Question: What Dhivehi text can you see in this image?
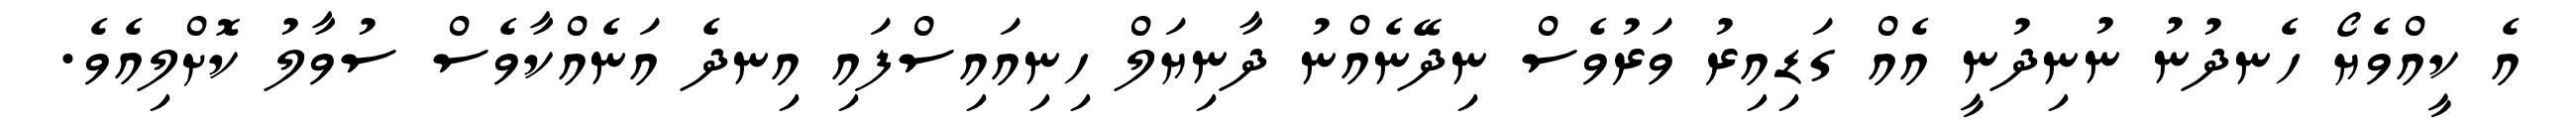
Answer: އެ ކީއްވެޔޯ ހެނދުނު ނުނިދުނީ އެއް ގަޑިއިރު ވަރުވެސް ނިދޭނެއްނު ދާނިޔަލް ހިނިއައިސްފައި އިނދެ އަނެއްކާވެސް ސުވާލު ކޮށްލިއެވެ.